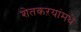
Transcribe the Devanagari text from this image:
शेतकऱयांमधे